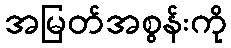
အမြတ်အစွန်းကို